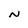
Character: N